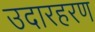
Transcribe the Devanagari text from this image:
उदारहरण